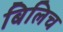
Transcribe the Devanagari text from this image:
बिलिच